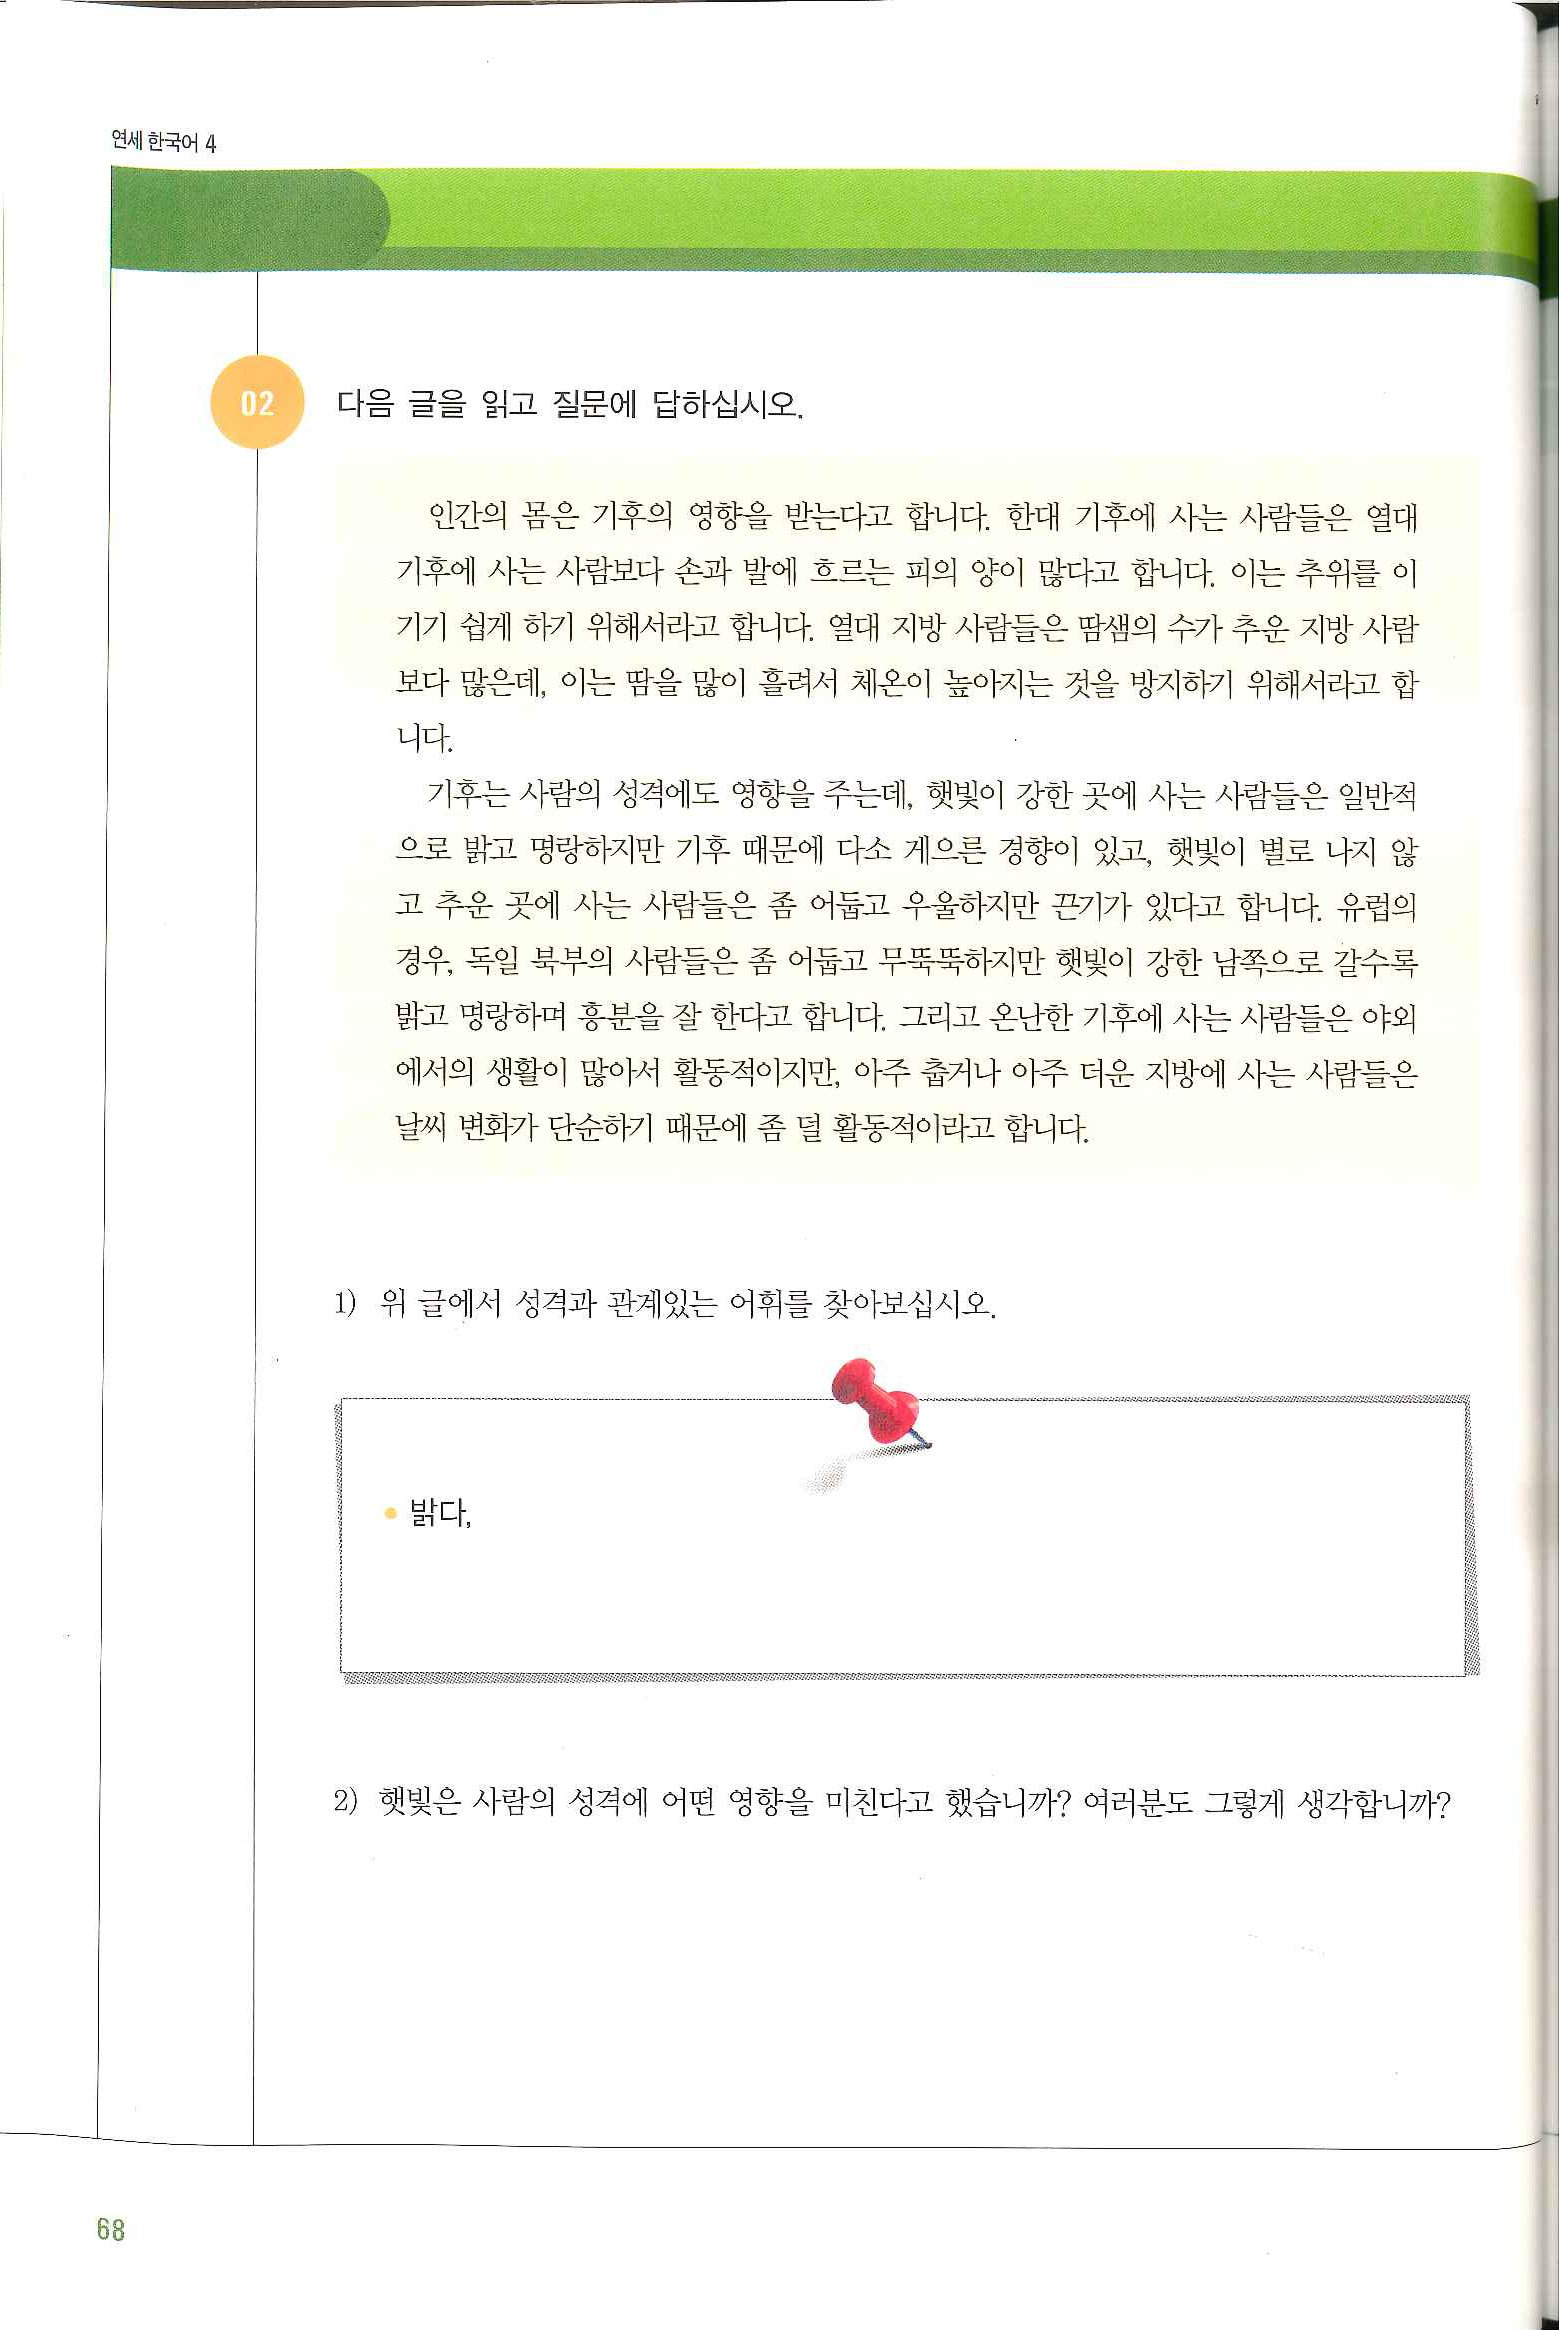
Language: ko